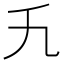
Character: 𬼃